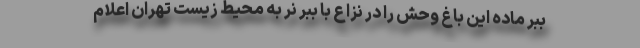
ببر ماده این باغ وحش را در نزاع با ببر نر به محیط زیست تهران اعلام